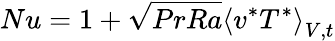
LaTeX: Nu=1+\sqrt{PrRa}\left\langle v^{*}T^{*}\right\rangle_{V,t}